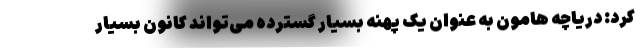
کرد: دریاچه هامون به عنوان یک پهنه بسیار گسترده می‌تواند کانون بسیار